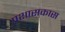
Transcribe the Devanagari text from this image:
प्रशासकास